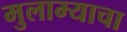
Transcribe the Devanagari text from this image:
मुलाम्याचा